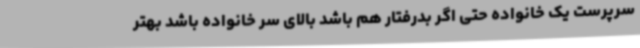
سرپرست یک خانواده حتی اگر بدرفتار هم باشد بالای سر خانواده باشد بهتر